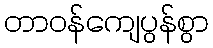
တာဝန်ကျေပွန်စွာ